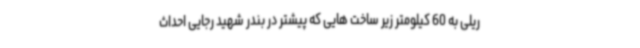
ریلی به 60 کیلومتر زیر ساخت هایی که پیشتر در بندر شهید رجایی احداث